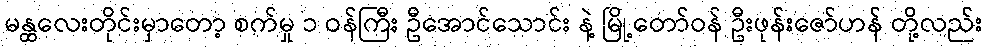
မန္ထလေးတိုင်းမှာတော့ စက်မှု ၁ ဝန်ကြီး ဦအောင်သောင်း နဲ့ မြို့တော်ဝန် ဦးဖုန်းဇော်ဟန် တို့လည်း